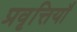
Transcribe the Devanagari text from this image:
प्रवृत्तियॉं